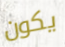
يكون